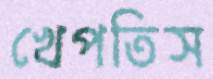
খেপতিস